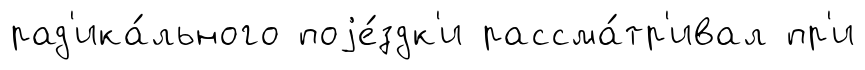
рад'ика́льного поjе́здк'и рассма́тр'ивал пр'и